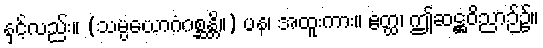
နှင့်လည်း။ (သမ္ပယောဂံဂစ္ဆန္တိ။) ပန၊ အထူးကား။ ဧတ္ထ၊ ဤဆဋ္ဌဝိညာဉ်၌။